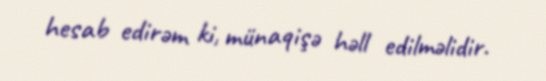
hesab edirəm ki, münaqişə həll edilməlidir.